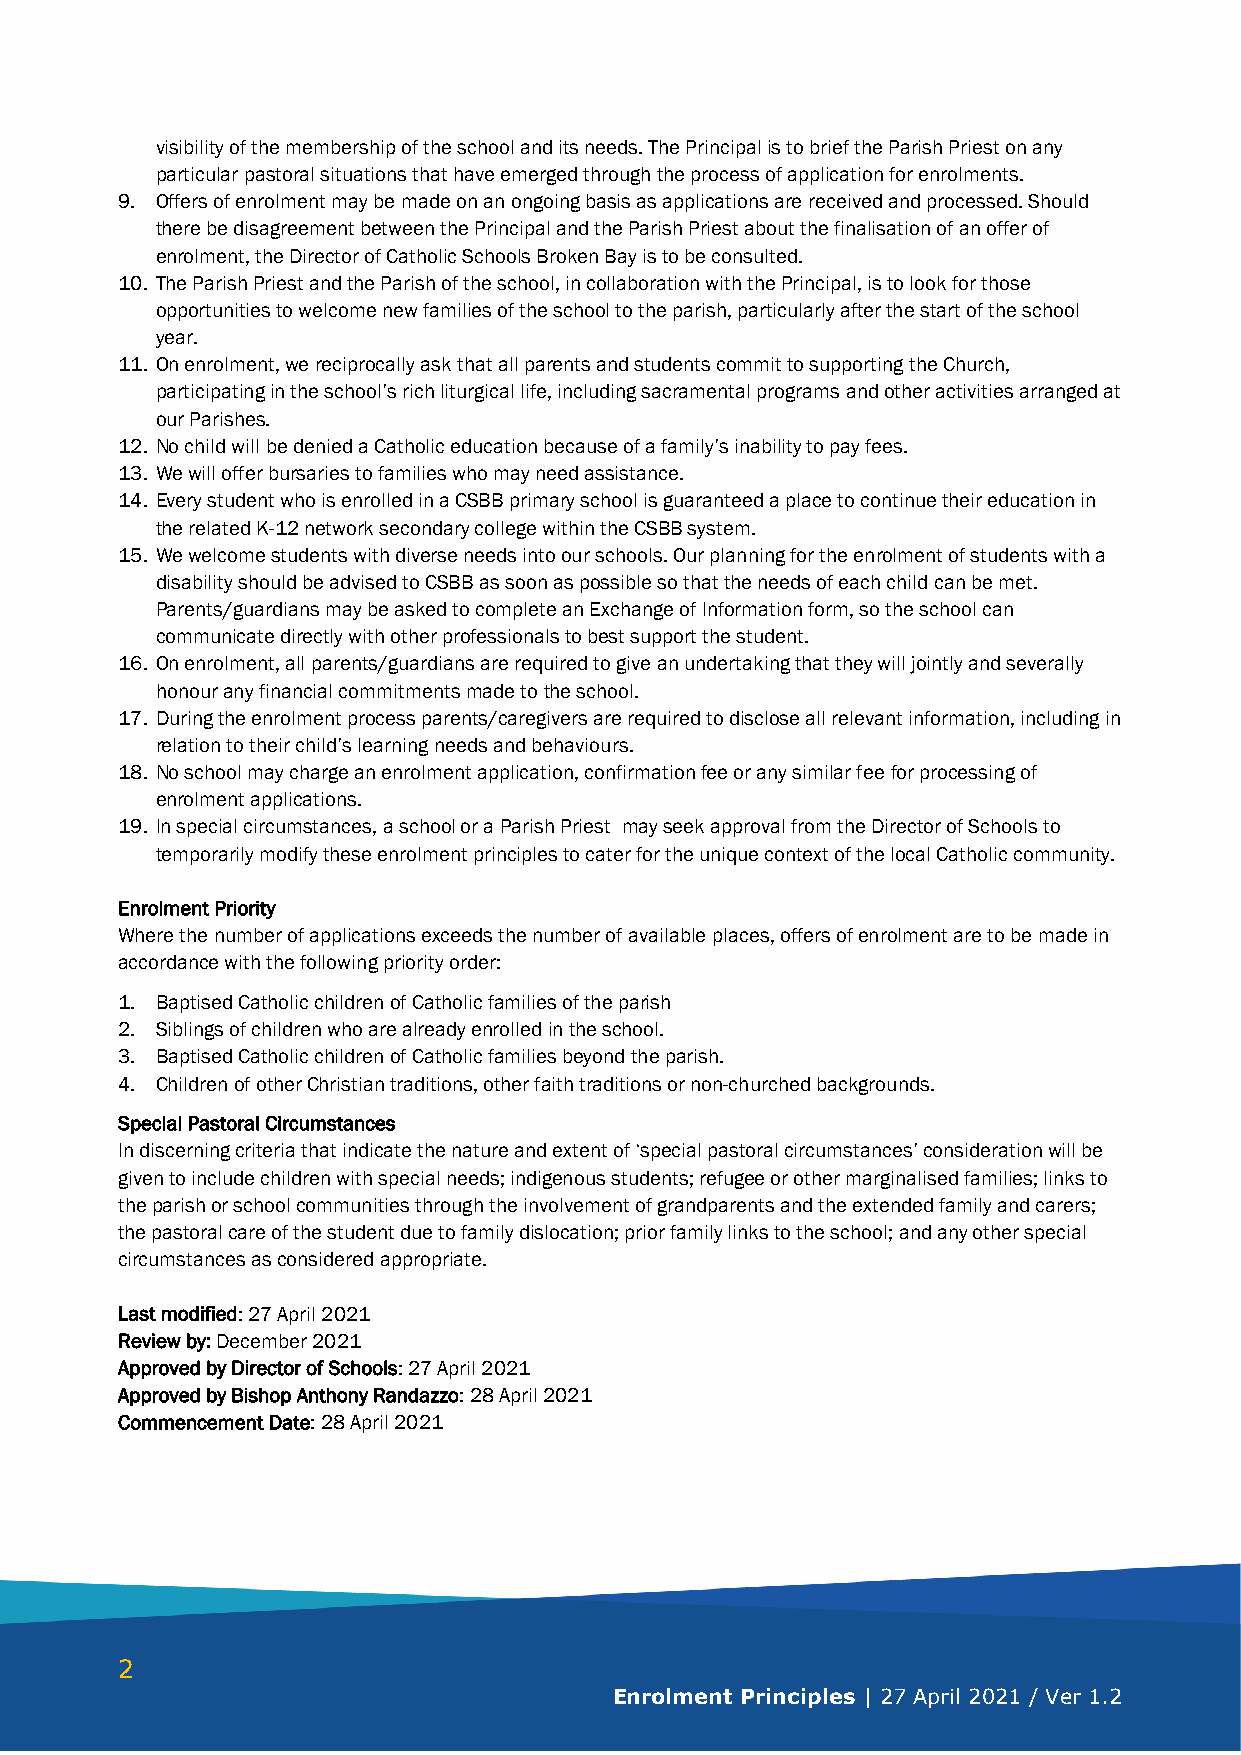
visibility of the membership of the school and its needs. The Principal is to brief the Parish Priest on any
 particular pastoral situations that have emerged through the process of application for enrolments.
 9. Offers of enrolment may be made on an ongoing basis as applications are received and processed. Should
 there be disagreement between the Principal and the Parish Priest about the finalisation of an offer of
 enrolment, the Director of Catholic Schools Broken Bay is to be consulted.
 10. The Parish Priest and the Parish of the school, in collaboration with the Principal, is to look for those
 opportunities to welcome new families of the school to the parish, particularly after the start of the school
 year.
 11. On enrolment, we reciprocally ask that all parents and students commit to supporting the Church,
 participating in the school’s rich liturgical life, including sacramental programs and other activities arranged at
 our Parishes.
 12. No child will be denied a Catholic education because of a family’s inability to pay fees.
 13. We will offer bursaries to families who may need assistance.
 14. Every student who is enrolled in a CSBB primary school is guaranteed a place to continue their education in
 the related K-12 network secondary college within the CSBB system.
 15. We welcome students with diverse needs into our schools. Our planning for the enrolment of students with a
 disability should be advised to CSBB as soon as possible so that the needs of each child can be met.
 Parents/guardians may be asked to complete an Exchange of Information form, so the school can
 communicate directly with other professionals to best support the student.
 16. On enrolment, all parents/guardians are required to give an undertaking that they will jointly and severally
 honour any financial commitments made to the school.
 17. During the enrolment process parents/caregivers are required to disclose all relevant information, including in
 relation to their child’s learning needs and behaviours.
 18. No school may charge an enrolment application, confirmation fee or any similar fee for processing of
 enrolment applications.
 19. In special circumstances, a school or a Parish Priest may seek approval from the Director of Schools to
 temporarily modify these enrolment principles to cater for the unique context of the local Catholic community.
 Enrolment Priority
 Where the number of applications exceeds the number of available places, offers of enrolment are to be made in
 accordance with the following priority order:
 1. Baptised Catholic children of Catholic families of the parish
 2. Siblings of children who are already enrolled in the school.
 3. Baptised Catholic children of Catholic families beyond the parish.
 4. Children of other Christian traditions, other faith traditions or non-churched backgrounds.
 Special Pastoral Circumstances
 In discerning criteria that indicate the nature and extent of ‘special pastoral circumstances’ consideration will be
 given to include children with special needs; indigenous students; refugee or other marginalised families; links to
 the parish or school communities through the involvement of grandparents and the extended family and carers;
 the pastoral care of the student due to family dislocation; prior family links to the school; and any other special
 circumstances as considered appropriate.
 Last modified: 27 April 2021
 Review by: December 2021
 Approved by Director of Schools: 27 April 2021
 Approved by Bishop Anthony Randazzo: 28 April 2021
 Commencement Date: 28 April 2021
 2
 Enrolment Principles | 27 April 2021 / Ver 1.2